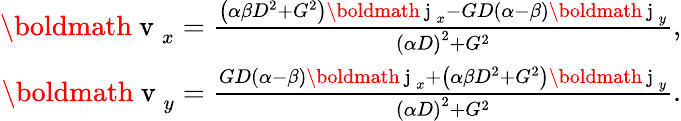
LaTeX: \begin{array}{r}{\mathrm{\boldmath~v~}_{x}=\frac{\left(\alpha\beta D^{2}+G^{2}\right)\mathrm{\boldmath~j~}_{x}-GD\left(\alpha-\beta\right)\mathrm{\boldmath~j~}_{y}}{\left(\alpha D\right)^{2}+G^{2}},}\\ {\mathrm{\boldmath~v~}_{y}=\frac{GD\left(\alpha-\beta\right)\mathrm{\boldmath~j~}_{x}+\left(\alpha\beta D^{2}+G^{2}\right)\mathrm{\boldmath~j~}_{y}}{\left(\alpha D\right)^{2}+G^{2}}.}\end{array}